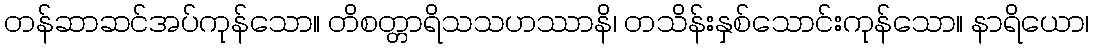
တန်ဆာဆင်အပ်ကုန်သော။ တိစတ္တာရိသသဟဿာနိ၊ တသိန်းနှစ်သောင်းကုန်သော။ နာရိယော၊